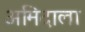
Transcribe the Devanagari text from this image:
अमिदाला